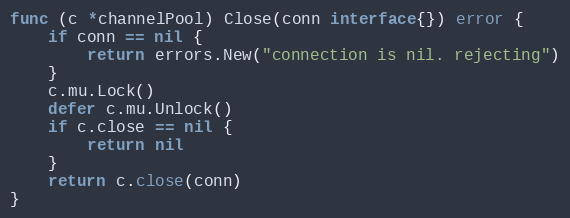
Language: Go
func (c *channelPool) Close(conn interface{}) error {
	if conn == nil {
		return errors.New("connection is nil. rejecting")
	}
	c.mu.Lock()
	defer c.mu.Unlock()
	if c.close == nil {
		return nil
	}
	return c.close(conn)
}